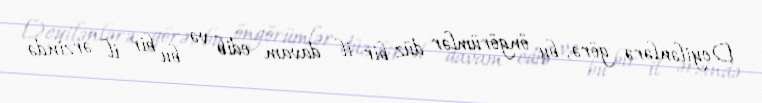
Deyilənlərə görə, bu öngörümlər düz bir il davam edib və bu bir il ərzində